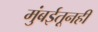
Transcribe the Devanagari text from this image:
मुंबईतूनही